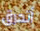
أتحرق